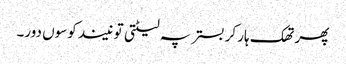
پھر تھک ہار کر بستر پہ لیٹتی تو نیند کوسوں دور۔